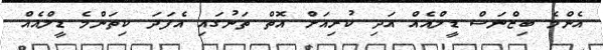
އެންމެ ބިޒްނަސް ޑީލްއެއް އަދި ކުރިއަށް އޮތް ތަނުގައި އެފަދަ ކިތަންމެ ޑީލްއެއް